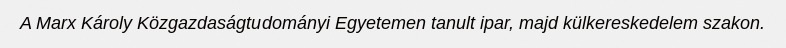
A Marx Károly Közgazdaságtudományi Egyetemen tanult ipar, majd külkereskedelem szakon.